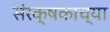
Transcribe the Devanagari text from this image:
संरक्षकाच्या